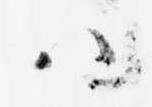
ハ